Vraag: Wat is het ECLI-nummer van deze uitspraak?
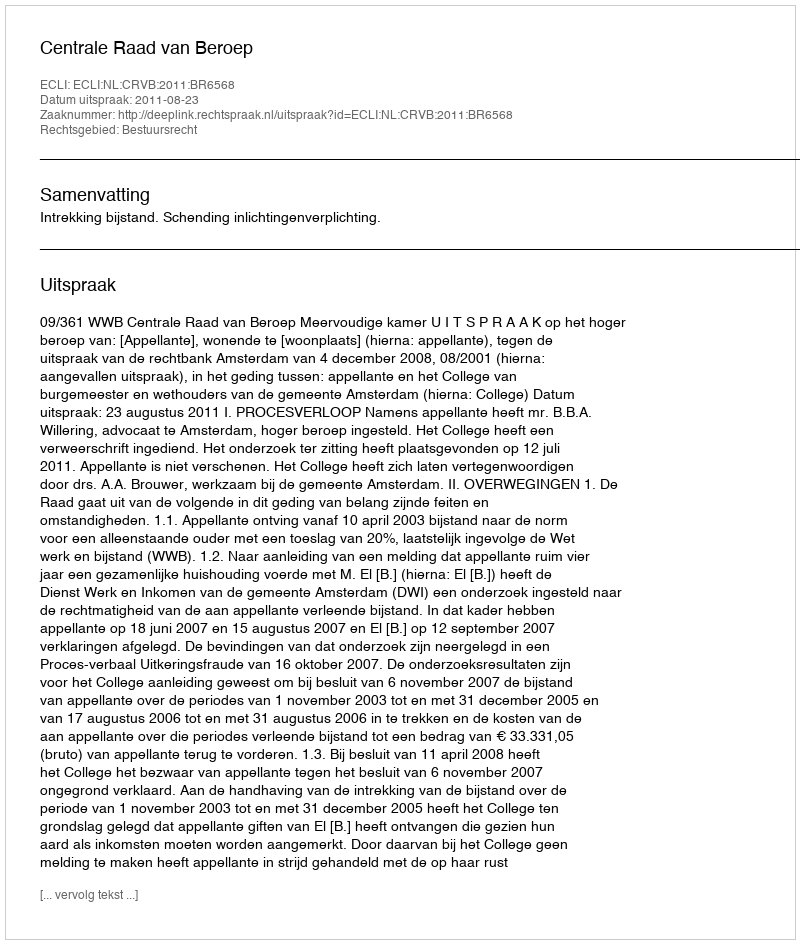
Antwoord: ECLI:NL:CRVB:2011:BR6568